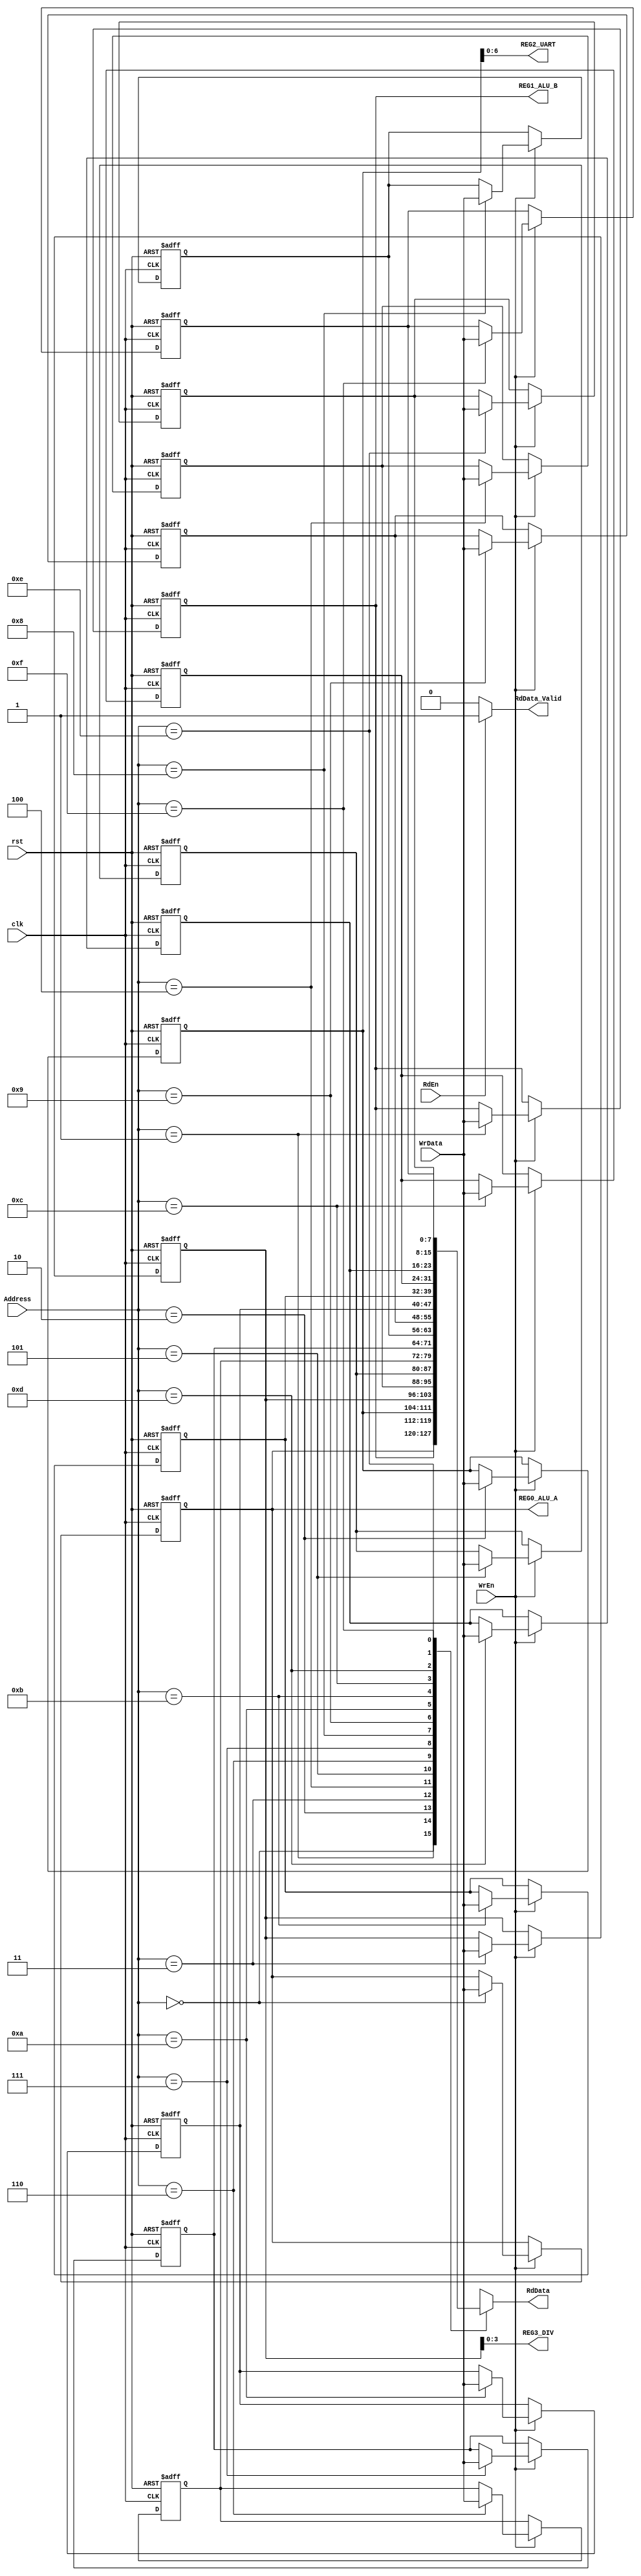
module REG_File #(
    parameter Data_width='d8,REG_File_Depth='d16,Address_Depth=$clog2(REG_File_Depth),ALU_Operand_A_RST='b0,ALU_Operand_B_RST='b0,
    UART_Config_RST='b000011100, //[0]:Parity Enable=0,[1]:Parity Type=0,[6:2]:prescale=8
    Div_Ratio_RST='b00001000
) (
    input  wire                      clk         , 
    input  wire                      rst         ,
    input  wire [Address_Depth-1:0]  Address     ,
    input  wire                      WrEn        ,
    input  wire                      RdEn        ,
    input  wire [Data_width-1:0]     WrData      ,

    output wire [Data_width-1:0]      RdData       ,
    output reg                      RdData_Valid ,
    output wire [Data_width-1:0]    REG0_ALU_A   ,
    output wire [Data_width-1:0]    REG1_ALU_B   ,
    output wire [6:0]    REG2_UART    ,
    output wire [3:0]    REG3_DIV  
);
    integer i;
    reg [Data_width-1:0] Memory [0:REG_File_Depth-1];

    always @(posedge clk or negedge rst) begin
        if (!rst) begin
            Memory[0]<=ALU_Operand_A_RST;
            Memory[1]<=ALU_Operand_B_RST;
            Memory[2]<=UART_Config_RST; 
            Memory[3]<=Div_Ratio_RST; 
            for (i ='d4 ;i<REG_File_Depth ;i=i+1 ) begin
                Memory[i]<='b0;
            end
        end else if (WrEn) begin
            Memory[Address]<=WrData;
        end 
            
    end




    assign RdData=Memory[Address];
    assign REG0_ALU_A=Memory[0];
    assign REG1_ALU_B=Memory[1];
    assign REG2_UART=Memory[2];
    assign REG3_DIV=Memory[3];

    always @(*) begin
        if (RdEn) begin
            RdData_Valid='b1;
        end else begin
            RdData_Valid='b0;
        end
    end



endmodule